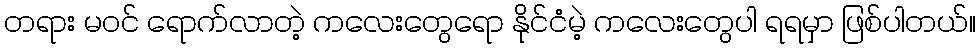
တရား မ၀င် ရောက်လာတဲ့ ကလေးတွေရော နိုင်ငံမဲ့ ကလေးတွေပါ ရရမှာ ဖြစ်ပါတယ်။